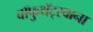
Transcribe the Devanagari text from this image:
बॉफुथॅट्स्वाना